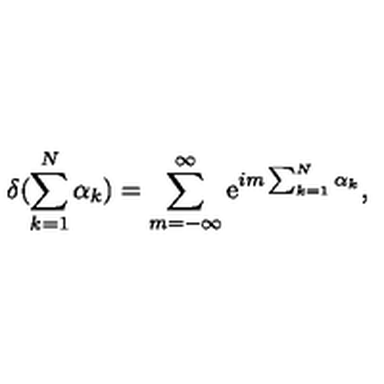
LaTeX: \delta ( \sum _ { k = 1 } ^ { N } \alpha _ { k } ) = \sum _ { m = - \infty } ^ { \infty } \mathrm { e } ^ { i m \sum _ { k = 1 } ^ { N } \alpha _ { k } } ,